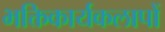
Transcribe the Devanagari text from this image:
भक्तिकार्यकलापों